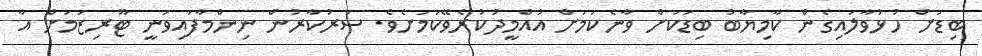
ބިޑަށް ހުޅުވާލައިގެން ކާމިޔާބު ބިޑަކަށް ވާނެކަމަށް އުއްމީދުކުރެވޭކަމަށެވެ. ސަރުކާރުން ނިންމާފައިވަނީ ޓޫރިޒަމަށް އާ